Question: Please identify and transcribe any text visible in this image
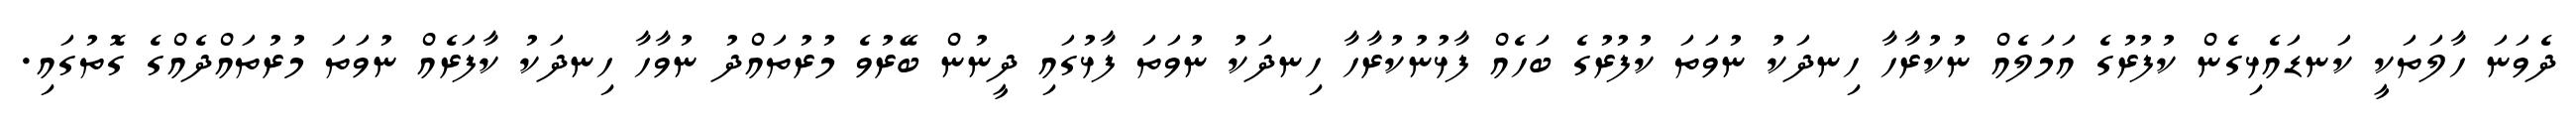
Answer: ދެވަނަ ހާލަތަކީ ކަނޑައެޅިގެން ކުފުރުގެ އަމަލެއް ނުކުރާހާ ހިނދަކު ނުވަތަ ކުފުރުގެ ބަހެއް ފާޅުނުކުރާހާ ހިނދަކު ނުވަތަ ފާޅުގައި ދީނުން ބޭރުވެ މުރުތައްދު ނުވާހާ ހިނދަކު ކާފަރެއް ނުވަތަ މުރުތައްދެއްގެ ގޮތުގައި.